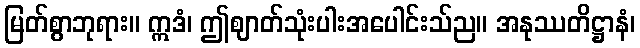
မြတ်စွာဘုရား။ ဣဒံ၊ ဤဈာတ်သုံးပါးအပေါင်းသ်ည။ အနုဿတိဋ္ဌာနံ၊